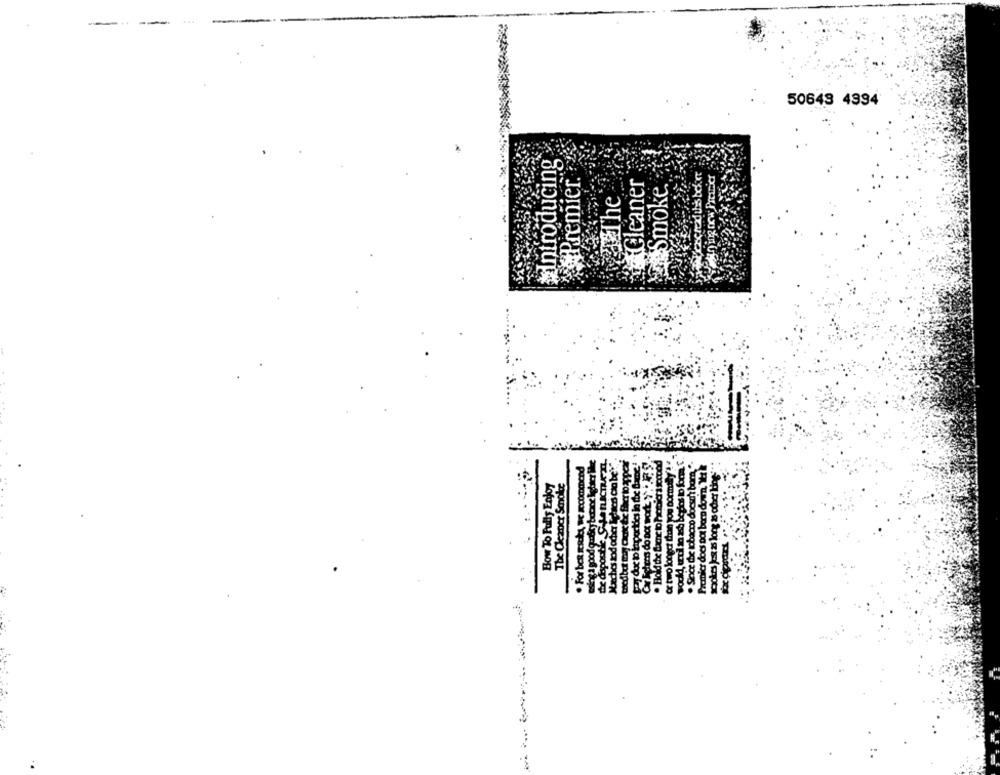
50649 4994
Introducing
Premier.
ACleaner
gning now Premier
Smoke.
The
de dispostie SiLe tucTen
pay doo p importics in the Game !
vodkd, ezdi 2 zh begins to form.
Shoe the tobacco doesn't bom."
Premier does not bern down, Iht k
. For beR gscky, we Recommend
spokes jos as long as oder ling
How To Fully Enjoy
The Cleaner Smoke